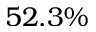
5 2 . 3 \%